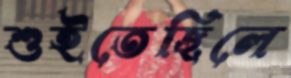
শুইতেছিলে